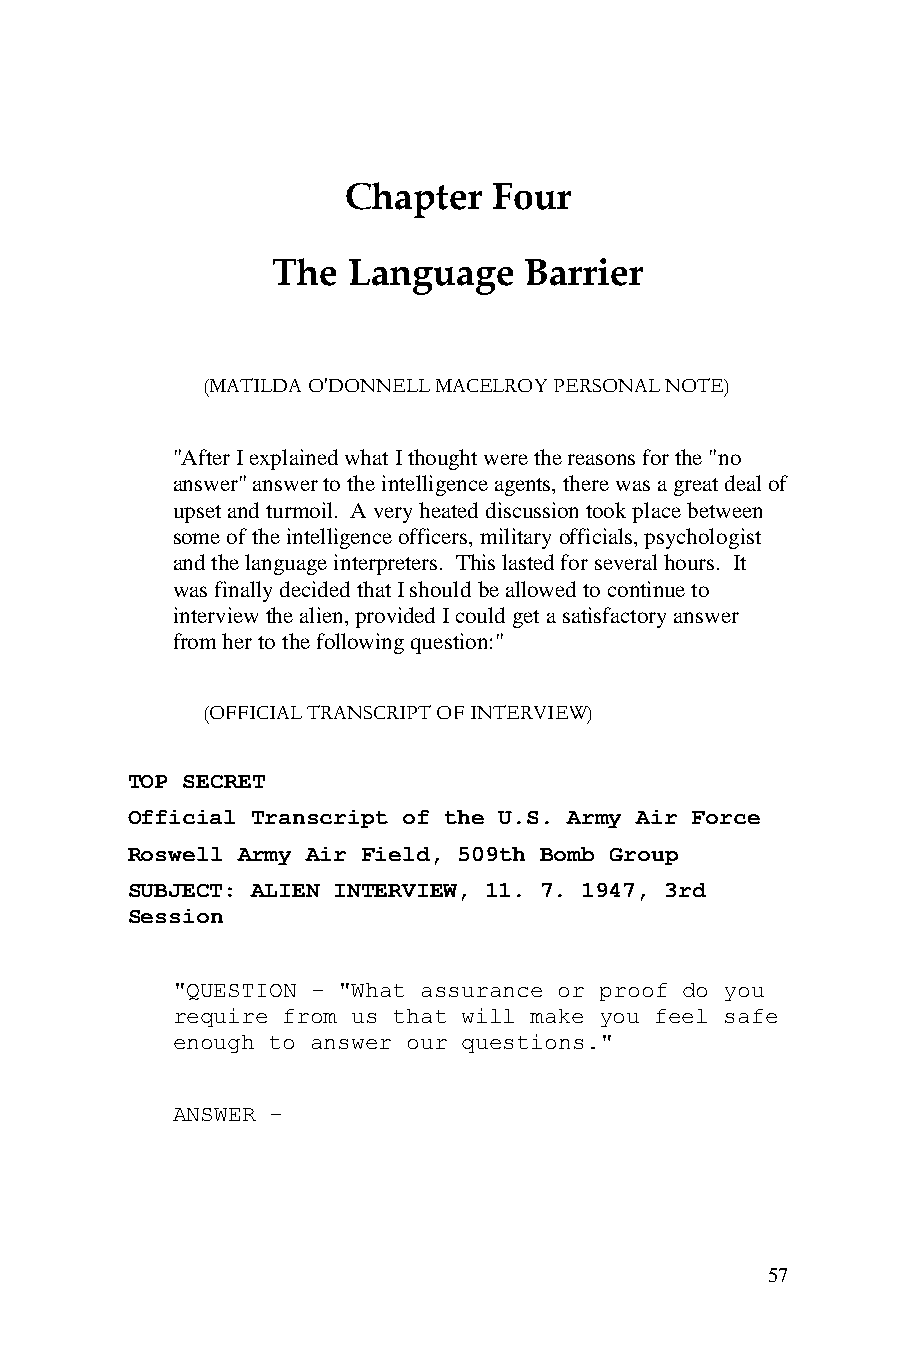
Chapter   Four
 The  Language    Barrier
 (MATILDA O'DONNELL MACELROY PERSONAL NOTE)
 "After I explained what I thought were the reasons for the "no
 answer" answer to the intelligence agents, there was a great deal of
 upset and turmoil. A very heated discussion took place between
 some of the intelligence officers, military officials, psychologist
 and the language interpreters. This lasted for several hours. It
 was finally decided that I should be allowed to continue to
 interview the alien, provided I could get a satisfactory answer
 from her to the following question:"
 (OFFICIAL TRANSCRIPT OF INTERVIEW)
 TOP SECRET
 Official Transcript of the U.S. Army Air Force
 Roswell Army Air Field, 509th Bomb Group
 SUBJECT: ALIEN INTERVIEW, 11. 7. 1947, 3rd
 Session
 "QUESTION - "What assurance or proof do you
 require from us that will make you feel safe
 enough to answer our questions."
 ANSWER -
 57